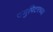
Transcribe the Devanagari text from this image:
ज्युपिटरच्या